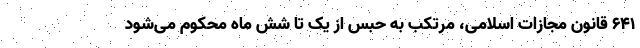
۶۴۱ قانون مجازات اسلامی، مرتکب به حبس از یک تا شش ماه محکوم می‌شود